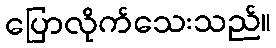
ပြောလိုက်သေးသည်။